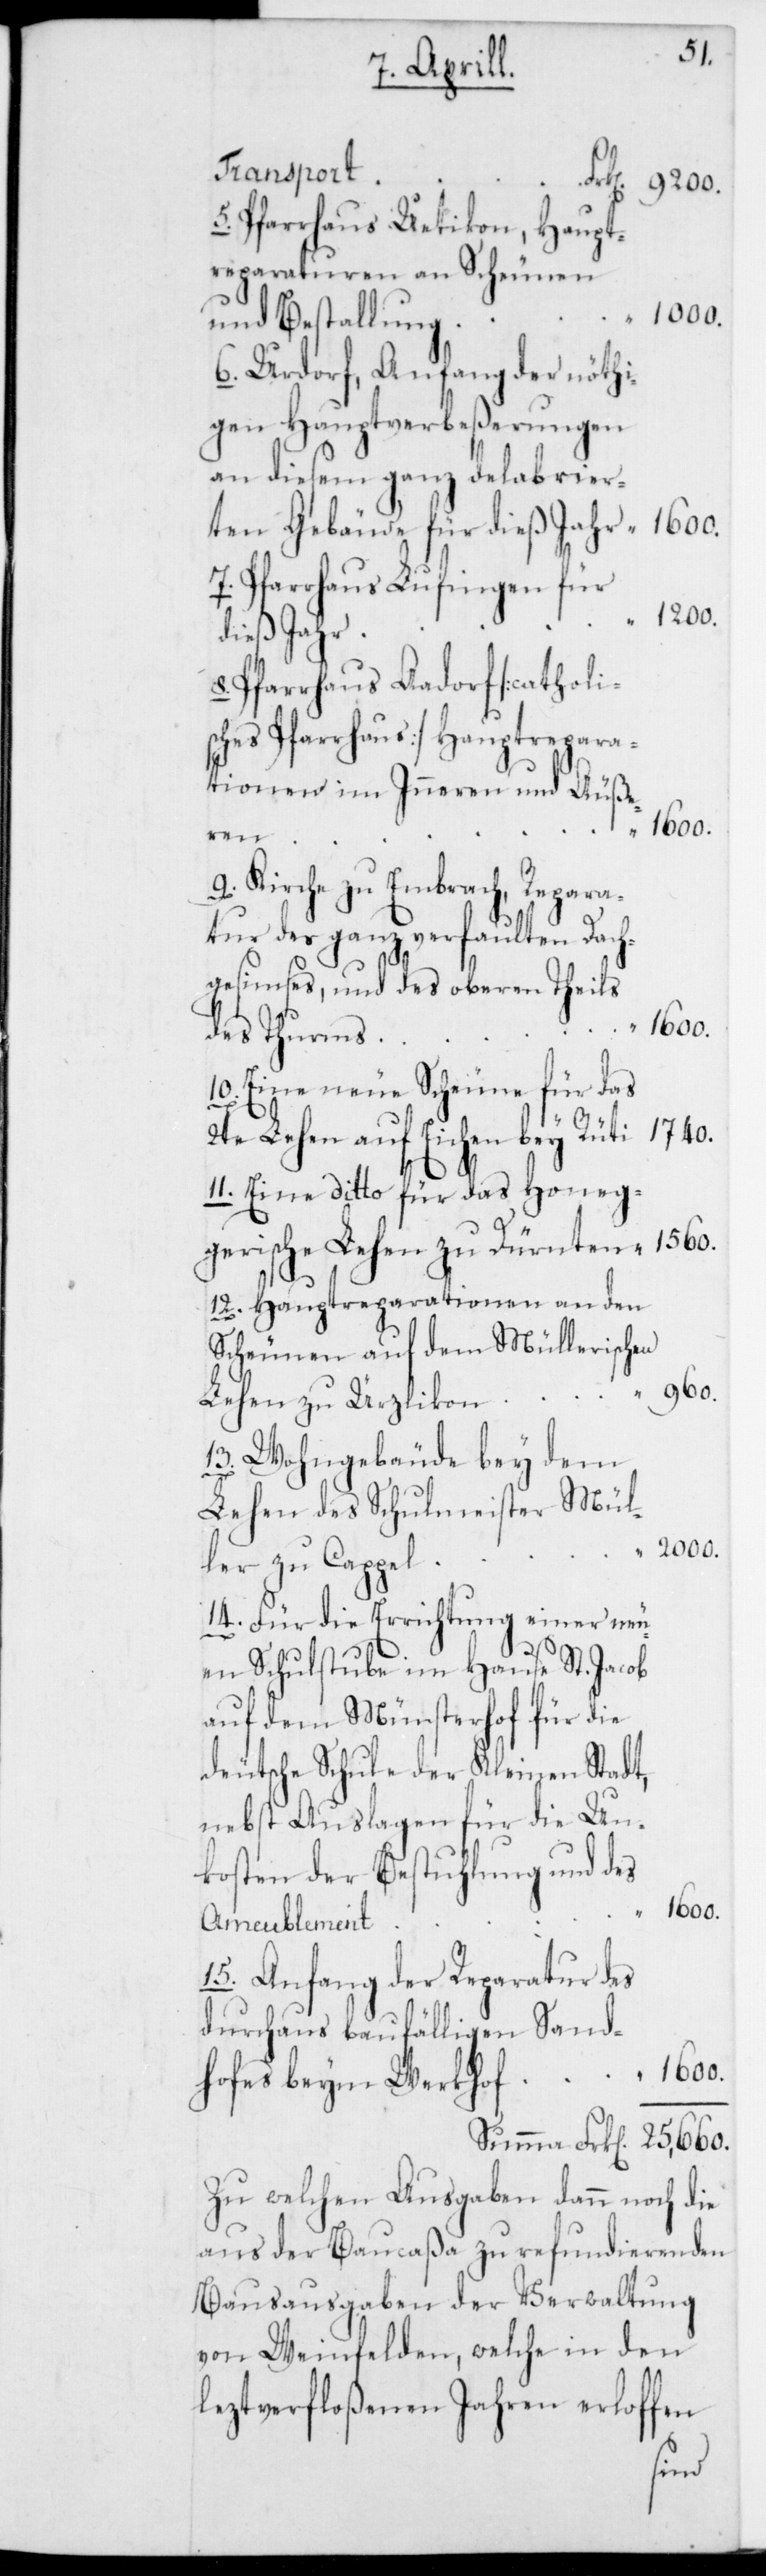
8.
1200.
5. Pfarrhaus Uetikon, Haupt¬
reparaturen an Scheunen
und Bestallung
6. Urdorf, Anfang der nöthi¬
gen Hauptverbeßerungen
an diesem ganz delabrier¬
ten Gebäude für dieß Jahr
7. Pfarrhaus Lufingen für
dieß Jahr
Pfarrhaus Aadorf [catholi¬
sches Pfarrhaus] Hauptrepara¬
tionen im Inneren und Äuße¬
ren
9. Kirche zu Embrach, Repara¬
tur des ganz verfaulten Dach¬
gesimses und des oberen Theils
1740.
des Thurms
10. Eine neue Scheune für das
2te Lehen auf Eichen bey Rüti
11. Eine ditto für das Honeg¬
gerische Lehen zu Dürnten
12. Hauptreparationen an den
Scheunen auf dem Müllerischen
Lehen zu Ürzlikon
13. Wohngebäude bey dem
Lehen des Schulmeister Mül¬
2000.
ler zu Cappel
14. Für die Errichtung einer neu¬
en Schulstube im Hause St. Jacob
auf dem Münsterhof für die
deutsche Schule der Kleinen Stadt,
nebst Auslagen für die Un¬
kosten der Bestuhlung und des
“
1600.
Ameublement
15. Anfang der Reparatur des
durchaus baufälligen Sand¬
Zu welchen Ausgaben dann noch die
aus der Baucaßa zu refundierenden
Bauausgaben der Verwaltung
von Weinfelden, welche in den
leztverfloßenen Jahren erloffen
hofes